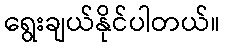
ရွေးချယ်နိုင်ပါတယ်။